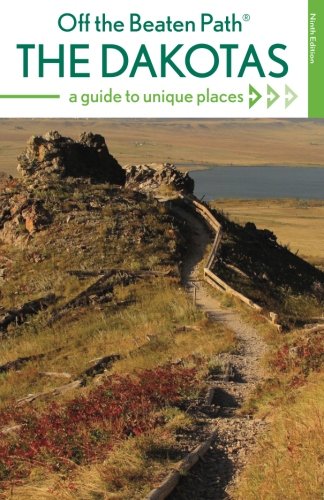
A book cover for The Dakotas Off the Beaten PathÂ®: A Guide to Unique Places (Off the Beaten Path Series); Lisa Meyers McClintick; Travel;